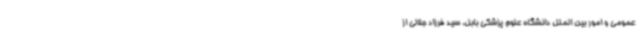
عمومی و امور بین الملل دانشگاه علوم پزشکی بابل، سید فرزاد جلالی از